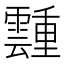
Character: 𬰎